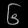
Digit: ၆